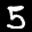
Label: 5